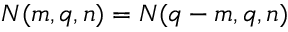
N ( m , q , n ) = N ( q - m , q , n )